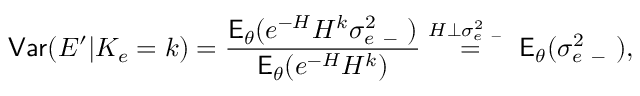
\mathsf { V a r } ( E ^ { \prime } | K _ { e } = k ) = \frac { \mathsf E _ { \theta } ( e ^ { - H } H ^ { k } \sigma _ { e \mathrm { ~ - ~ } } ^ { 2 } ) } { \mathsf E _ { \theta } ( e ^ { - H } H ^ { k } ) } \overset { H \perp \sigma _ { e \mathrm { ~ - ~ } } ^ { 2 } } { = } \mathsf E _ { \theta } ( \sigma _ { e \mathrm { ~ - ~ } } ^ { 2 } ) ,